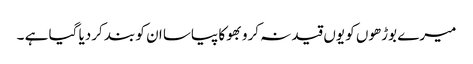
میرے بوڑھوں کو یوں قید نہ کرو بھوکا پیاسا ان کو بند کردیا گیا ہے ۔